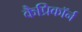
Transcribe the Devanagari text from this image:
कैप्रिकॉर्न